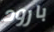
بارود